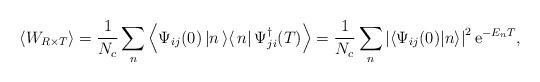
LaTeX: \begin{align*}\left<W_{R\times T}\right>=\frac{1}{N_c}\sum\limits_n^{} \left<\Psi_{ij}(0)\left|n\left>\right<n\right|\Psi_{ji}^\dagger(T)\right>=\frac{1}{N_c}\sum\limits_n^{}\left|\left<\Psi_{ij}(0)|n\right>\right|^2{\rm e}^{-E_nT},\end{align*}